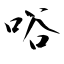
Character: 唂